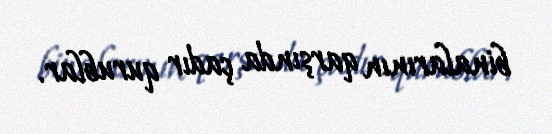
binalarının qarşında çadır qurublar.